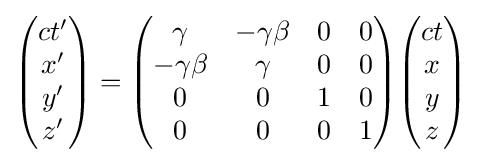
{\begin{pmatrix}ct'\\x'\\y'\\z'\end{pmatrix}}={\begin{pmatrix}\gamma &-\gamma \beta &0&0\\-\gamma \beta &\gamma &0&0\\0&0&1&0\\0&0&0&1\end{pmatrix}}{\begin{pmatrix}ct\\x\\y\\z\end{pmatrix}}